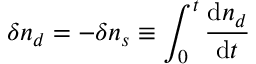
\delta n _ { d } = - \delta n _ { s } \equiv \int _ { 0 } ^ { t } \frac { \mathrm { d } n _ { d } } { \mathrm { d } t }